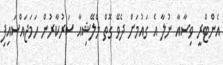
އެންޓްރީ ވިސާއާ ނުލާ އެ ގައުމަށް ދެވޭ ގޮތް މެލޭޝިއާ ސަރުކާރުން ހަމަޖައްސައިފި